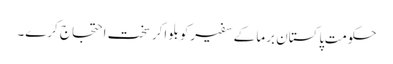
حکومتِ پاکستان برما کے سفیرکو بلواکر سخت احتجاج کرے۔